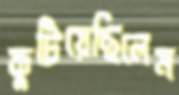
কুটিয়েছিলেম